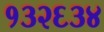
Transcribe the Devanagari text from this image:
१३२६३४